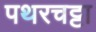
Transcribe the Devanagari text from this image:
पथरचट्टा